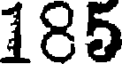
185